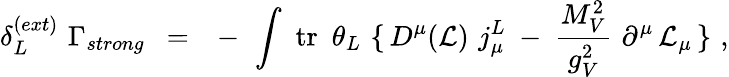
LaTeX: \delta_{L}^{(ext)}\, \, \Gamma_{strong}\ \ =\ \ -\, \, \int\, \, \mathrm{tr}\, \, \, \theta_{L}\, \, \{ \, D^{\mu}({\cal L})\, \, j_{\mu}^{L}\ -\ \frac{M_{V}^{2}}{g_{V}^{2}}\, \, \partial^{\mu}\, {\cal L}_{\mu}\, \} \, \, ,